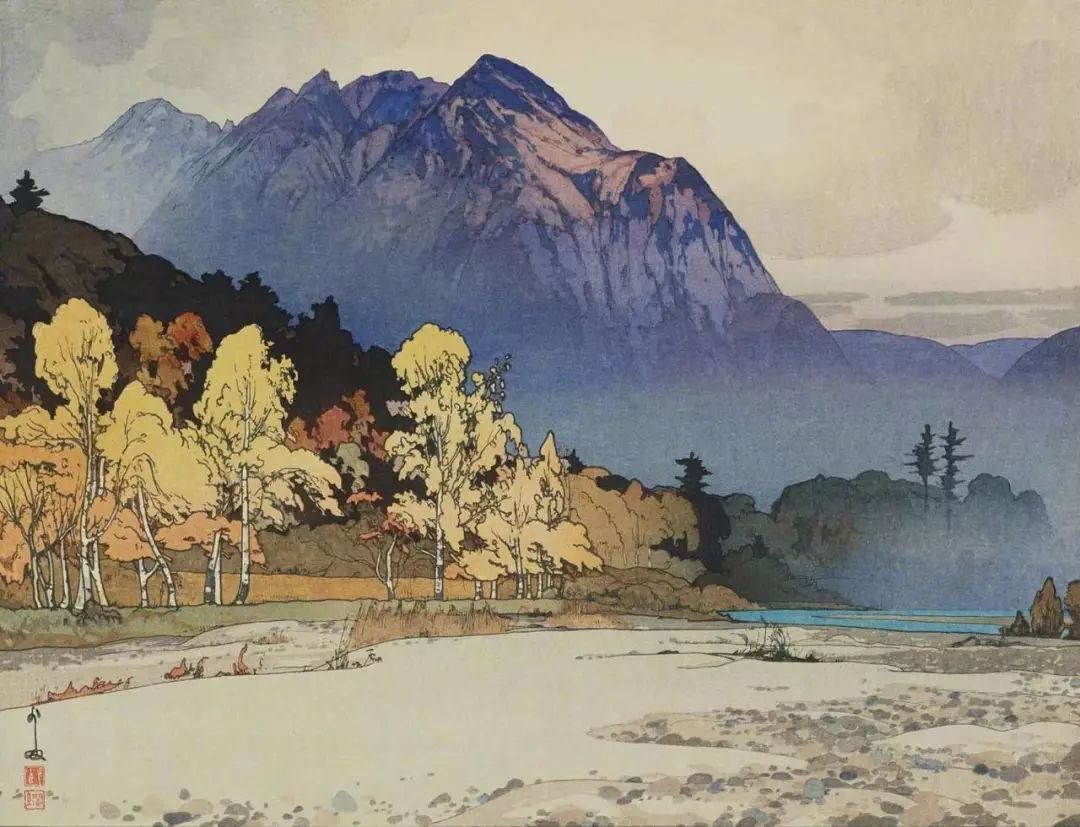
道由白云尽，春与青溪长。